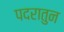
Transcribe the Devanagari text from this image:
पदरातुन